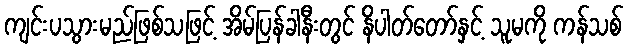
ကျင်းပသွားမည်ဖြစ်သဖြင့် အိမ်ပြန်ခါနီးတွင် နိပါတ်တော်နှင့် သူမကို ကန်သစ်